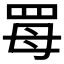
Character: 𦊏